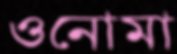
ওনোমা